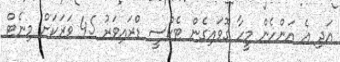
އަދި އެ އަންހެން މީހާ ގޮވައިގެން ޓެކްސީ ޑްރައިވަރު 45 ވަރަކަށް މިނެޓް